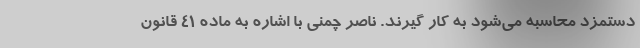
دستمزد محاسبه می‌شود به کار گیرند. ناصر چمنی با اشاره به ماده ۴۱ قانون